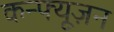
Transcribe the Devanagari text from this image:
कन्फ्यूज़न